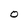
Character: O